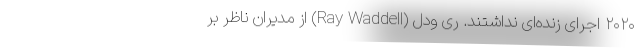
۲۰۲۰ اجرای زنده‌ای نداشتند. ری ودل (Ray Waddell) از مدیران ناظر بر